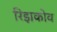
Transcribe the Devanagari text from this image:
रिझकोव